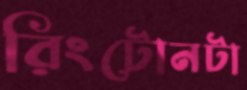
রিংটোনটা